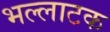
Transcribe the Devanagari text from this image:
भल्लाटक